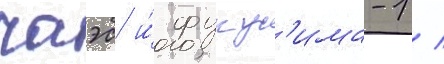
чаэс и́ фукус'има-1 /